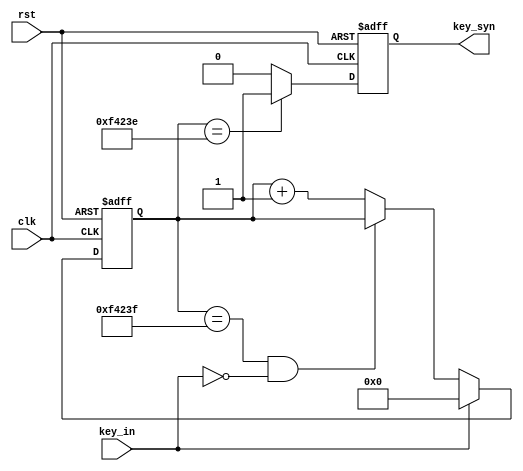
module Button(clk, rst, key_in, key_syn);
    input clk, rst, key_in;
    output reg key_syn;

    parameter CNT_MAX = 20'd999999;
    reg [19:0] cnt_20ms;

    always@(posedge clk or negedge rst)
        if(rst == 1'b0)
            cnt_20ms <= 20'b0;
        else if(key_in == 1'b1)
            cnt_20ms <= 20'b0;
        else if(cnt_20ms == CNT_MAX && key_in == 1'b0)
            cnt_20ms <= cnt_20ms;
        else
            cnt_20ms <= cnt_20ms + 1'b1;

    always@(posedge clk or negedge rst)
        if(rst == 1'b0)
            key_syn <= 1'b0;
        else if(cnt_20ms == CNT_MAX - 1'b1)
            key_syn <= 1'b1;
        else
            key_syn <= 1'b0;
endmodule